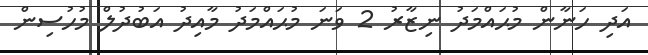
އަދި ހަނާން މުޙައްމަދު ނިޒާރު 2 ވަނަ މުޙައްމަދު މާއިދު އަބުދުލް މުހުސިން